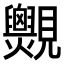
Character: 𧢨